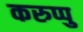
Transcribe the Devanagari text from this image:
करुप्पु